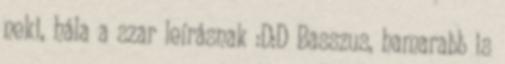
neki, hála a szar leírásnak :D:D Basszus, hamarabb is